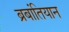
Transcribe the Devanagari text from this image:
ब्रबांतियान